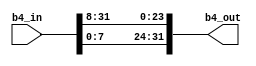
`timescale 1ns / 1ps
//////////////////////////////////////////////////////////////////////////////////
// Company: 
// Engineer: 
// 
// Design Name: 
// Module Name:    B_SHIFT4 
// Project Name: 
// Target Devices: 
// Tool versions: 
// Description: 
//
// Dependencies: 
//
// Revision: 
// Revision 0.01 - File Created
// Additional Comments: 
//
//////////////////////////////////////////////////////////////////////////////////
module ARS_B_SHIFT4 (b4_out,
                 b4_in
                 );
                 
parameter BWIDTH=32;

output [0:BWIDTH-1] b4_out;
reg    [0:BWIDTH-1] b4_out;
input  [0:BWIDTH-1] b4_in;
   
always @ (b4_in)
   begin : shift
     b4_out[0]=b4_in[24];
     b4_out[1]=b4_in[25];
     b4_out[2]=b4_in[26];
     b4_out[3]=b4_in[27];
     b4_out[4]=b4_in[28];
     b4_out[5]=b4_in[29];
     b4_out[6]=b4_in[30];
     b4_out[7]=b4_in[31];
     b4_out[8]=b4_in[0];
     b4_out[9]=b4_in[1];
     b4_out[10]=b4_in[2];
     b4_out[11]=b4_in[3];
     b4_out[12]=b4_in[4];
     b4_out[13]=b4_in[5];
     b4_out[14]=b4_in[6];
     b4_out[15]=b4_in[7];
     b4_out[16]=b4_in[8];
     b4_out[17]=b4_in[9];
     b4_out[18]=b4_in[10];
     b4_out[19]=b4_in[11];
     b4_out[20]=b4_in[12];
     b4_out[21]=b4_in[13];
     b4_out[22]=b4_in[14];
     b4_out[23]=b4_in[15];
     b4_out[24]=b4_in[16];
     b4_out[25]=b4_in[17];
     b4_out[26]=b4_in[18];
     b4_out[27]=b4_in[19];
     b4_out[28]=b4_in[20];
     b4_out[29]=b4_in[21];
     b4_out[30]=b4_in[22];
     b4_out[31]=b4_in[23];
   end
endmodule